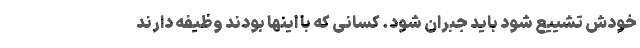
خودش تشییع شود باید جبران شود. کسانی که با اینها بودند وظیفه دارند